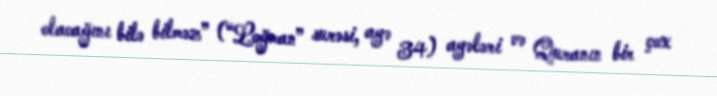
olacağını bilə bilməz” (“Loğman” surəsi, ayə 34) ayələri və Quranın bir çox